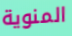
المنوية